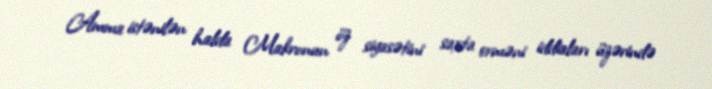
Amma istənilən halda Makronun öz siyasətini saxta erməni iddiaları üzərində